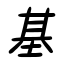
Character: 基